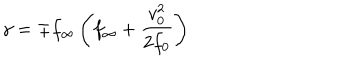
LaTeX: \gamma = \mp f _ { \infty } \left( f _ { \infty } + { \frac { v _ { 0 } ^ { 2 } } { 2 f _ { 0 } } } \right)